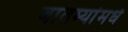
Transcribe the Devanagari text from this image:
बातम्यांमधे